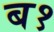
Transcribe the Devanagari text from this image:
ब१